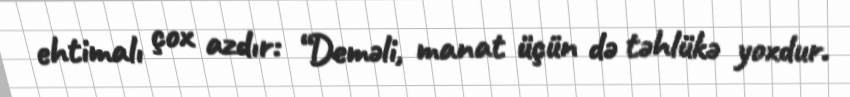
ehtimalı çox azdır: “Deməli, manat üçün də təhlükə yoxdur.